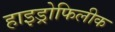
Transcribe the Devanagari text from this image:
हाइड्रोफिलीक